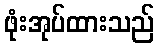
ဖုံးအုပ်ထားသည်